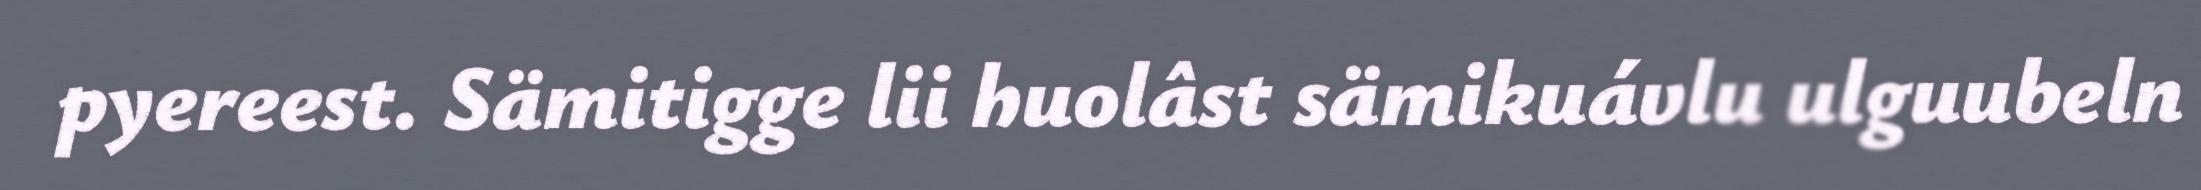
pyereest. Sämitigge lii huolâst sämikuávlu ulguubeln